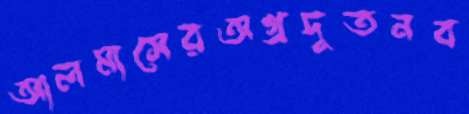
আলমাসেরঅগ্রদূতনব